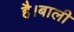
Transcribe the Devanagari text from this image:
है।बाली